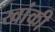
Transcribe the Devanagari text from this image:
खांकी